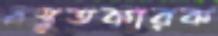
প্রস্তুতকারক